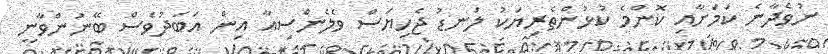
ނުވެދާނެ ކަމަށާއި ކޮންމެ ކުޅުންތެރިޔަކު ލަނޑު ޖެހިޔަސް ވެލެންސިއާ އިން އަބަދުވެސް ބޭނުންވާނީ